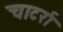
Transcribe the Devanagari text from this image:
चाटर्रा